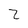
Character: Z